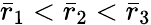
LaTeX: \bar{r}_{1}<\bar{r}_{2}<\bar{r}_{3}